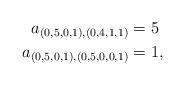
LaTeX: \begin{align*} a_{(0,5,0,1),(0,4,1,1)} &= 5 \\ a_{(0,5,0,1),(0,5,0,0,1)} &= 1,\end{align*}